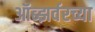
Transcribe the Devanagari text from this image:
ऑब्झर्वरच्या